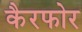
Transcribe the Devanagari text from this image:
कैरफोर